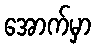
အောက်မှာ